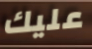
عليك